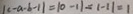
\vert c - a - b - 1 \vert = \vert 0 - 1 \vert = \vert - 1 \vert = 1